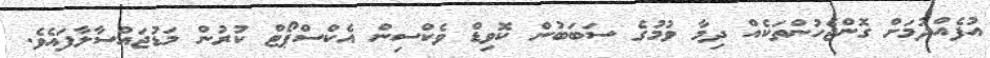
އުފެއްދުމަށް ގޮންޖެހުންތަކެއް ދިމާ ވުމުގެ ސަބަބުން ކޮވިޑް ވެކްސިން އެކްސްޕޯޓް ކުރުން މަޑުޖައްސާލާފައެވެ.